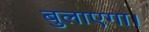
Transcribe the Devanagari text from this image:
बुलाएगा।